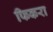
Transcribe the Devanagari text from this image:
फिकरा